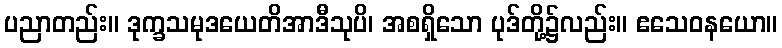
ပညာတည်း။ ဒုက္ခသမုဒယေတိအာဒီသုပိ၊ အစရှိသော ပုဒ်တို့၌လည်း။ ဧသေဝနယော။